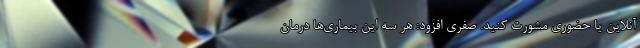
آنلاین یا حضوری مشورت کنید. صفری افزود: هر سه این بیماری‌ها درمان